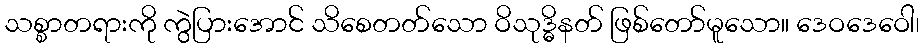
သစ္စာတရားကို ကွဲပြားအောင် သိစေတတ်သော ဝိသုဒ္ဓိနတ် ဖြစ်တော်မူသော။ ဒေဝဒေဝေါ၊